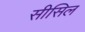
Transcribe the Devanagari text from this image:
सीसिल